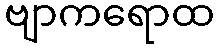
ဗျာကရောထ